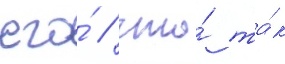
его́ / что́ та́к